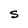
Character: S